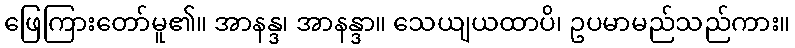
ဖြေကြားတော်မူ၏။ အာနန္ဒ၊ အာနန္ဒာ။ သေယျယထာပိ၊ ဥပမာမည်သည်ကား။